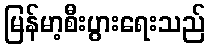
မြန်မာ့စီးပွားရေးသည်